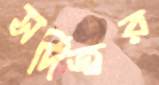
সর্দিজ্বর